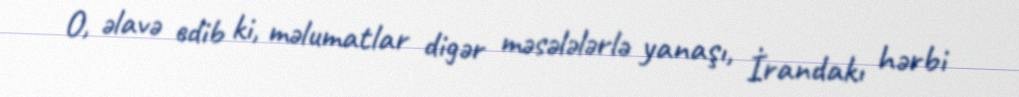
O, əlavə edib ki, məlumatlar digər məsələlərlə yanaşı, İrandakı hərbi